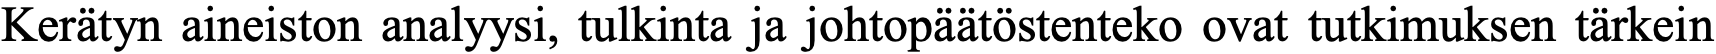
Kerätyn aineiston analyysi, tulkinta ja johtopäätöstenteko ovat tutkimuksen tärkein